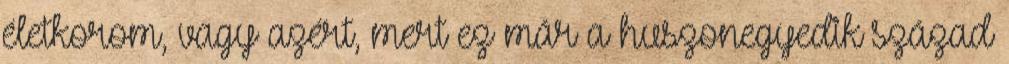
életkorom, vagy azért, mert ez már a huszonegyedik század